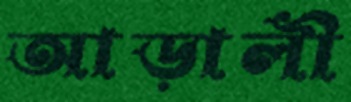
আড়ালী